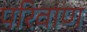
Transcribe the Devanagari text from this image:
परिवाण